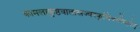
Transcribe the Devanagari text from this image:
कामलाकुष्ठवातास्रज्वरकृमिवमीन्हरेत्